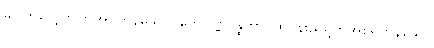
မပြတ်လေ့ကျက်အပ်ကုန်သော။ တေပဏ္ဏပန္ထတာ၊ ထိုပန်းညိုရွတ်အစရှိကုန်သော